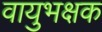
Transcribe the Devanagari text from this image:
वायुभक्षक